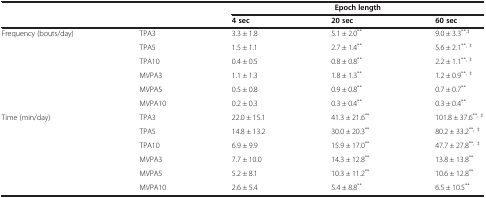
|  |  | <COLSPAN=3> Epoch length |
 |  |  | 4 sec | 20 sec | 60 sec |
 | --- | --- | --- | --- | --- |
 | Frequency (bouts/day) | TPA3 | 3.3 ± 1.8 | 5.1 ± 2.0** | 9.0 ± 3.3**,‡ |
 |  | TPA5 | 1.5 ± 1.1 | 2.7 ± 1.4** | 5.6 ± 2.1**, ‡ |
 |  | TPA10 | 0.4 ± 0.5 | 0.8 ± 0.8** | 2.2 ± 1.1**, ‡ |
 |  | MVPA3 | 1.1 ± 1.3 | 1.8 ± 1.3** | 1.2 ± 0.9**, ‡ |
 |  | MVPA5 | 0.5 ± 0.8 | 0.9 ± 0.8** | 0.7 ± 0.7** |
 |  | MVPA10 | 0.2 ± 0.3 | 0.3 ± 0.4** | 0.3 ± 0.4** |
 | Time (min/day) | TPA3 | 22.0 ± 15.1 | 41.3 ± 21.6** | 101.8 ± 37.6**, ‡ |
 |  | TPA5 | 14.8 ± 13.2 | 30.0 ± 20.3** | 80.2 ± 33.2**, ‡ |
 |  | TPA10 | 6.9 ± 9.9 | 15.9 ± 17.0** | 47.7 ± 27.8**, ‡ |
 |  | MVPA3 | 7.7 ± 10.0 | 14.3 ± 12.8** | 13.8 ± 13.8** |
 |  | MVPA5 | 5.2 ± 8.1 | 10.3 ± 11.2** | 10.6 ± 12.8** |
 |  | MVPA10 | 2.6 ± 5.4 | 5.4 ± 8.8** | 6.5 ± 10.5** |